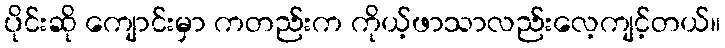
ပိုင်းဆို ကျောင်းမှာ ကတည်းက ကိုယ့်ဖာသာလည်းလေ့ကျင့်တယ်။